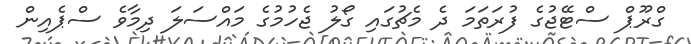
ގްރޫޕް ސްޓޭޖުގެ ފުރަތަމަ ދެ މެޗުގައި ގޯލު ޖެހުމުގެ މައްސަލަ ދިމާވެ ސްޕެއިން